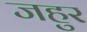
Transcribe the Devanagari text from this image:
जहुर